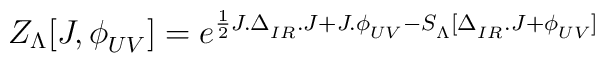
Z_{\Lambda}[J,\phi^{\phantom{a}}_{UV}]=e^{\frac{1}{2}J.\Delta^{\phantom{a}}_{IR}.J + J.\phi^{\phantom{a}}_{UV}- S^{\phantom{1}}_{\Lambda}[\Delta^{\phantom{a}}_{IR}.J+\phi^{\phantom{a}}_{UV}]}